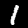
Label: 1